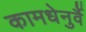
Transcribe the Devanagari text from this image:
कामधेनुर्वै